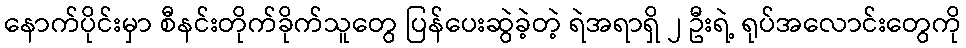
နောက်ပိုင်းမှာ စီနင်းတိုက်ခိုက်သူတွေ ပြန်ပေးဆွဲခဲ့တဲ့ ရဲအရာရှိ ၂ ဦးရဲ့ ရုပ်အလောင်းတွေကို